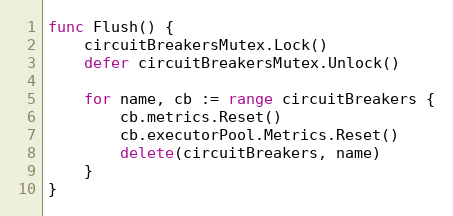
Language: Go
func Flush() {
	circuitBreakersMutex.Lock()
	defer circuitBreakersMutex.Unlock()

	for name, cb := range circuitBreakers {
		cb.metrics.Reset()
		cb.executorPool.Metrics.Reset()
		delete(circuitBreakers, name)
	}
}